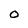
Character: O